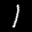
Label: 1